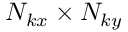
N _ { k x } \times N _ { k y }